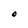
Character: O